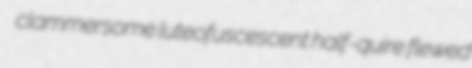
clammersome luteofuscescent half-quire flewed